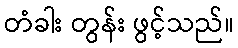
တံခါး တွန်း ဖွင့်သည်။